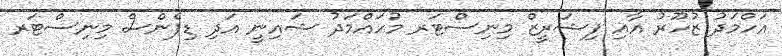
އަހްމަދު ޒުހޫރު އާއި ފިޝަރީޒް މިނިސްޓަރ މުހައްމަދު ޝައިނީ އަދި ޑިފެންސް މިނިސްޓަރ